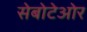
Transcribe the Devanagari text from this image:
सेबोटेओर